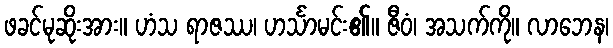
ဖခင်မုဆိုးအား။ ဟံသ ရာဇဿ၊ ဟင်္သာမင်း၏။ ဇီဝံ၊ အသက်ကို။ လာဘေန၊